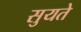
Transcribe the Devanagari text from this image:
सुयते